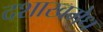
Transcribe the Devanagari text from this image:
दशाखमेध